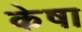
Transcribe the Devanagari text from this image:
केषा